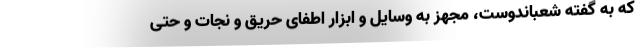
که به گفته شعباندوست، مجهز به وسایل و ابزار اطفای حریق و نجات و حتی